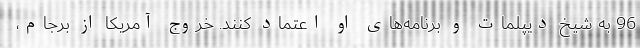
96 به شیخ دیپلمات و برنامه‌های او اعتماد کنند. خروج آمریکا از برجام،